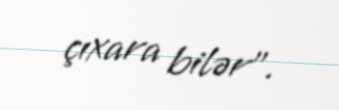
çıxara bilər”.